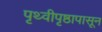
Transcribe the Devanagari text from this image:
पृथ्वीपृष्ठापासून